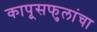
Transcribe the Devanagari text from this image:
कापूसफुलांचा